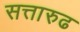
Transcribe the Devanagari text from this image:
सत्तारुढ